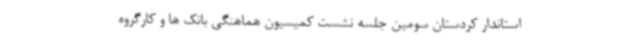
استاندار کردستان سومین جلسه نشست کمیسیون هماهنگی بانک ها و کارگروه